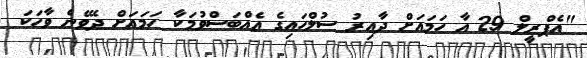
"އެޕްރީލް 29 އާ ހަމައަށް ދާއިރު ސުލްހައިގެ އެއްބަސްވުމަކާ ހަމައަށް ދެވޭނެ ވާހަކަ